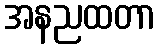
အနညထတာ